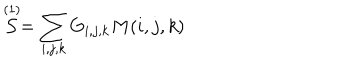
\stackrel { ( 1 ) } { \cal { S } } = \sum _ { i , j , k } G _ { i , j , k } M ( i , j , k )